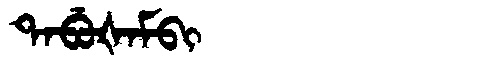
Manchu: ᡨᠠᠪᡠᡧᠠᠮᠪᡳ
Romanization: TABUŠAMBI